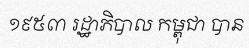
១៩៥៣ រដ្ឋាភិបាល កម្ពុជា បាន